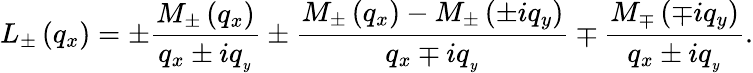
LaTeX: {{L}_{\pm}}\left({{q}_{x}}\right)=\pm\frac{{{M}_{\pm}}\left({{q}_{x}}\right)}{{{q}_{x}}\pm i{{q}_{_{y}}}}\pm\frac{{{M}_{\pm}}\left({{q}_{x}}\right)-{{M}_{\pm}}\left(\pm i{{q}_{y}}\right)}{{{q}_{x}}\mp i{{q}_{_{y}}}}\mp\frac{{{M}_{\mp}}\left(\mp i{{q}_{y}}\right)}{{{q}_{x}}\pm i{{q}_{_{y}}}}.